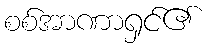
စစ်အာဏာရှင်၏